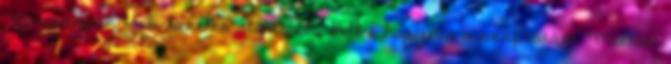
Vancomycin Kabi-kezelés alatt abba kell-e hagynia a szoptatást. Mielőtt